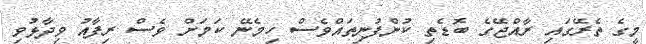
މީގެ ތެރޭގައި ރާއްޖޭގެ ބޮޑެތި ކުންފުނިތައްވެސް ހިމެނޭ ކަމަށް ވެސް ރިފާއު ވިދާޅުވި